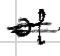
Text: of
Cross-out: mix
Writing tool: digital_black